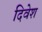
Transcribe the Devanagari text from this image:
दिवेश